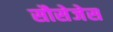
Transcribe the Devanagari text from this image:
सौसेजेस